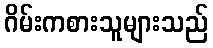
ဂိမ်းကစားသူများသည်